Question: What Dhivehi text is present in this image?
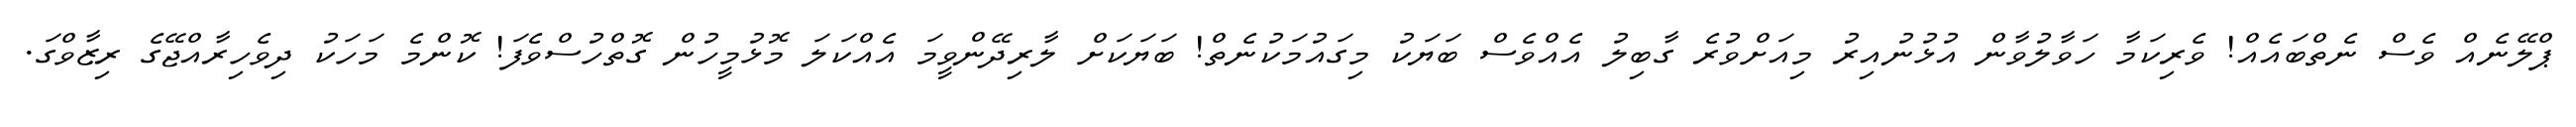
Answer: ޕްލޭނެއް ވެސް ނެތްބައެއް! ވެރިކަމާ ހަވާލުވާން އުޅުނުއިރު މިއަށްވުރެ ގާބިލު އެއްވެސް ބަޔަކު މިގައުމަކުނެތް! ބަޔަކަށް ލާރިދޭންވީމަ އެއްކަލަ މޮޅުމީހުން ގޮތްހުސްވެފަ! ކޮންމެ މަހަކު ދިވެހިރާއްޖޭގެ ރިޒާވްގަ.